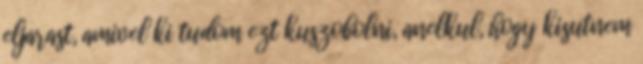
eljarast, amivel ki tudom ezt kuszobolni, anelkul, hogy kisutnem